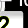
Digit: 2